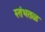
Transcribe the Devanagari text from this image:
स्तंभतळ